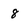
Character: 8